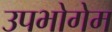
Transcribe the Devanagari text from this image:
उपभोगेम